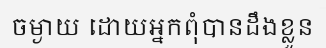
ចម្ងាយ ដោយអ្នកពុំបានដឹងខ្លួន